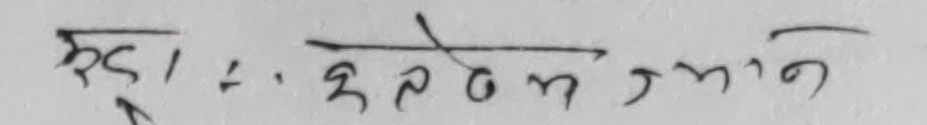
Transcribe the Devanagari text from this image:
मुटु, कण्ठ मन